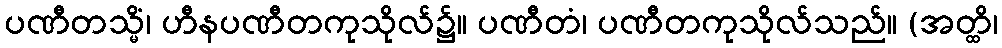
ပဏီတသ္မိံ၊ ဟီနပဏီတကုသိုလ်၌။ ပဏီတံ၊ ပဏီတကုသိုလ်သည်။ (အတ္ထိ၊